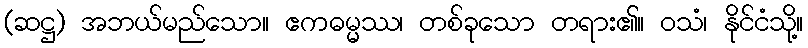
(ဆဋ္ဌ) အဘယ်မည်သော။ ဧကဓမ္မဿ၊ တစ်ခုသော တရား၏။ ဝသံ၊ နိုင်ငံသို့။